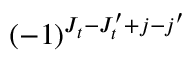
( - 1 ) ^ { J _ { t } - J _ { t } ^ { \prime } + j - j ^ { \prime } }